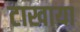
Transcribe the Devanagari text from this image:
टाखाया